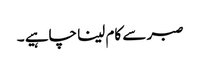
صبر سے کام لینا چاہیے ۔